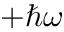
+ \hbar \omega